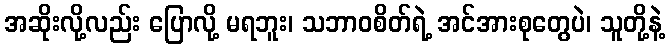
အဆိုးလို့လည်း ပြောလို့ မရဘူး၊ သဘာဝစိတ်ရဲ့ အင်အားစုတွေပဲ၊ သူတို့နဲ့